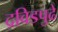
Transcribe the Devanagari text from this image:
द्रविडपुढे